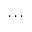
\cdot \cdot \cdot